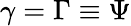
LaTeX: \gamma=\Gamma\equiv\Psi